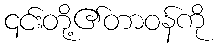
၎င်းတို့၏တာဝန်ကို